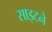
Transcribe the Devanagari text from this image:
साइटने